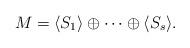
LaTeX: \begin{align*}M=\langle S_1 \rangle\oplus\cdots\oplus \langle S_s \rangle.\end{align*}